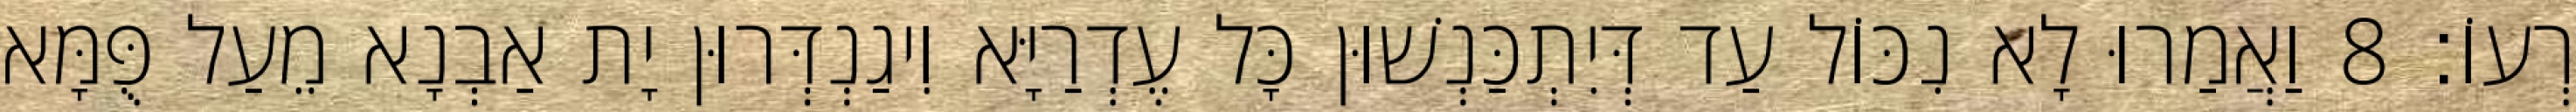
רְעוֹ׃ 8 וַאֲמַרוּ לָא נִכּוֹל עַד דְּיִתְכַּנְשׁוּן כָּל עֶדְרַיָּא וִיגַנְדְּרוּן יָת אַבְנָא מֵעַל פֻּמָּא